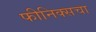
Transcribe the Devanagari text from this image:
फीनिक्सचा